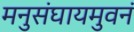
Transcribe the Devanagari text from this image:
मनुसंघायमुवनं